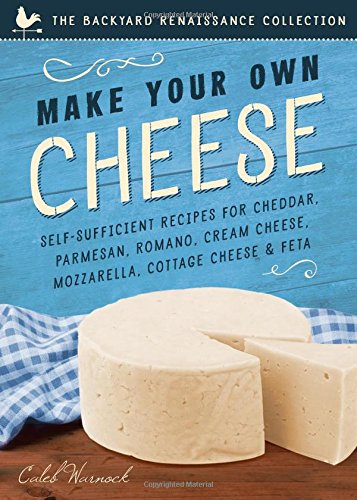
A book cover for Make Your Own Cheese: Self-Sufficient Recipes for Cheddar, Parmesan, Romano, Cream Cheese, Mozzarella, Cottage Cheese, and Feta (The Backyard Renaissance Collection); Caleb Warnock; Cookbooks, Food & Wine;